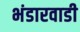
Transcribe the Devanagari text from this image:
भंडारवाडी